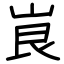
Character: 峎